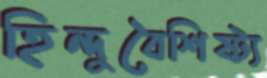
হিন্দুবৈশিষ্ট্য